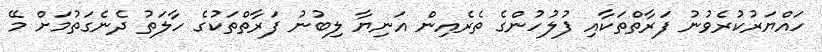
ހައްޔަރުކުރެވުނު ފަރާތްތަކާއި ފުލުހުންގެ ތެރެއިން އަނިޔާ ލިބުނު ފަރާތްތަކުގެ ހާލަތު ދެނެގަތުމަށް މޭ